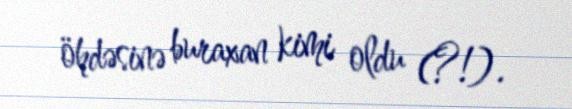
öhdəsinə buraxan kimi oldu (?!).